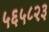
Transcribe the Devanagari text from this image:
५६५८२३